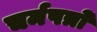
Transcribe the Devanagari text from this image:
चर्मपत्रों